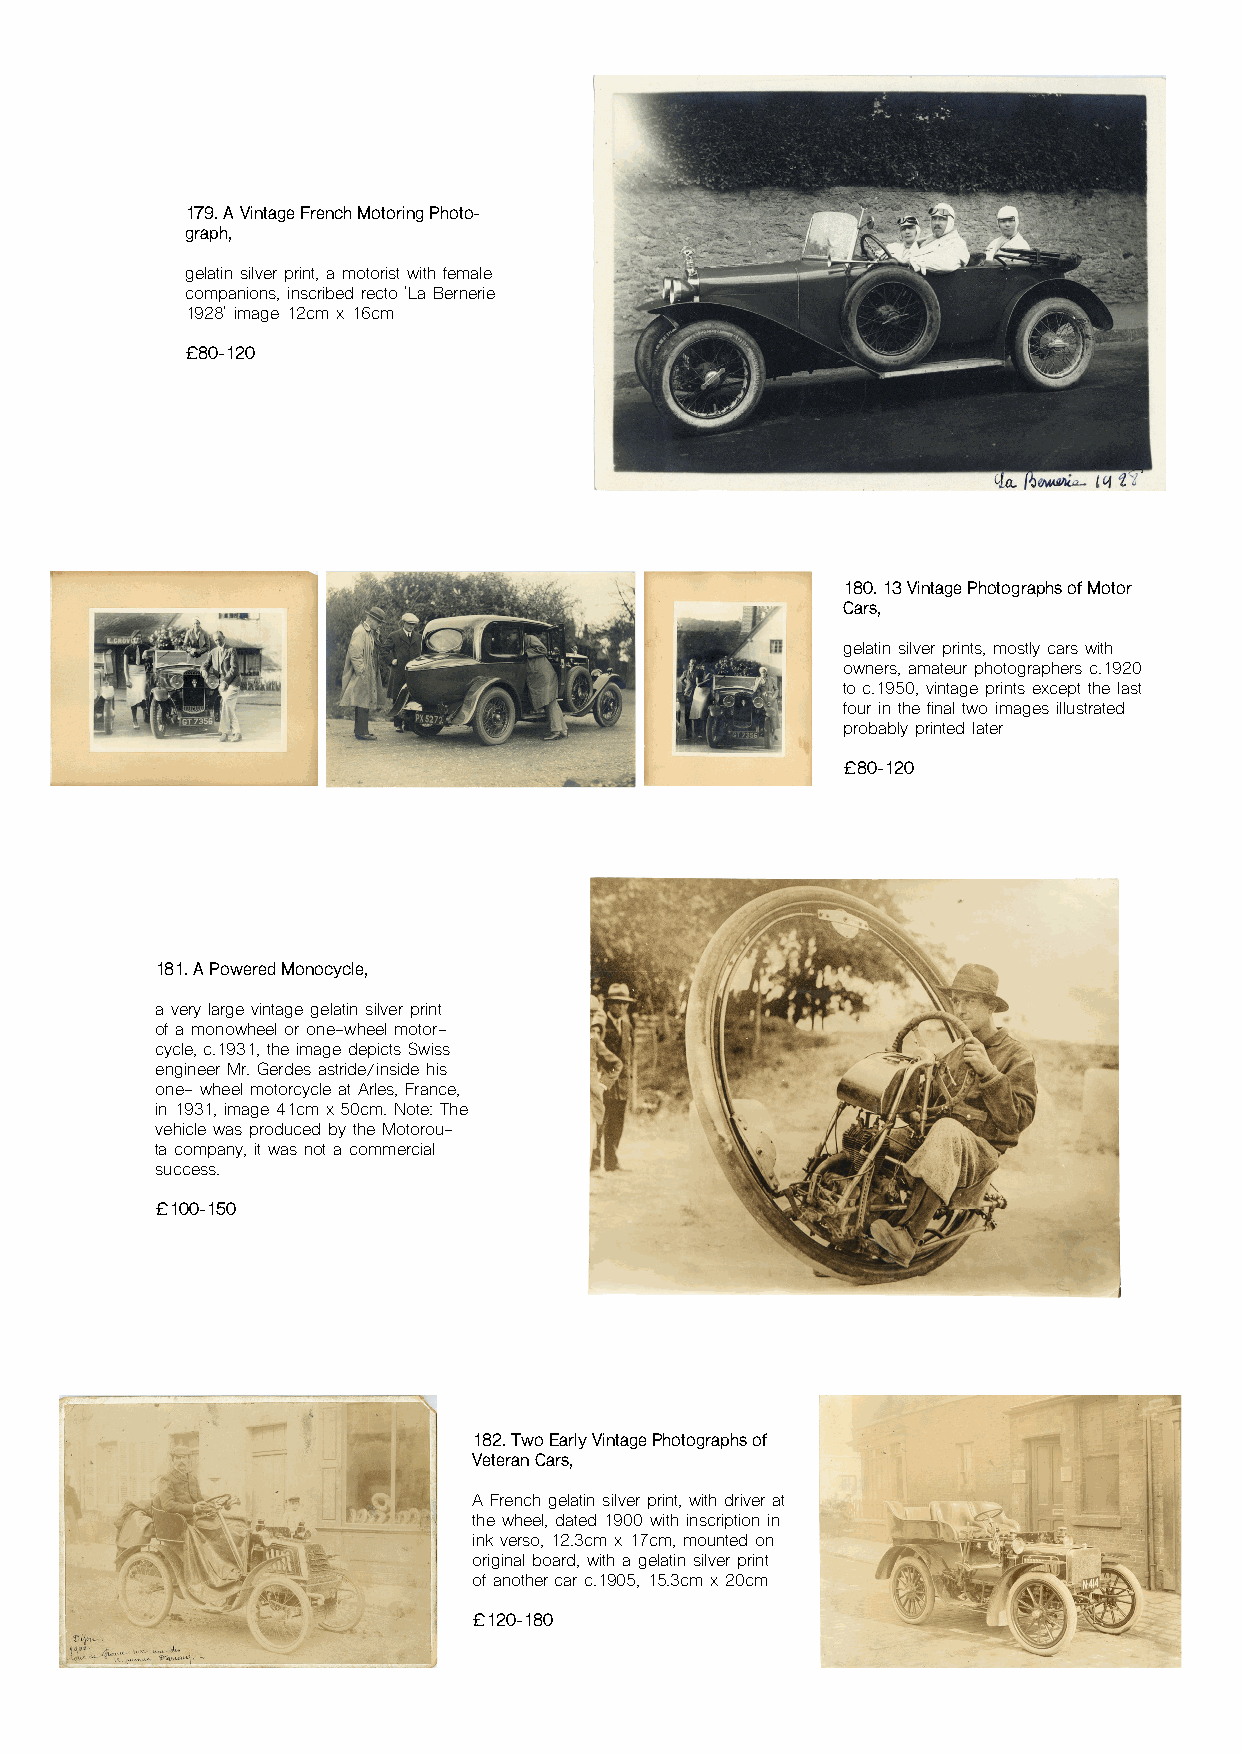
179. A Vintage French Motoring Photo-
 graph,
 gelatin silver print, a motorist with female
 companions, inscribed recto 'La Bernerie
 1928' image 12cm x 16cm
 £80-120
 180. 13 Vintage Photographs of Motor
 Cars,
 gelatin silver prints, mostly cars with
 owners, amateur photographers c.1920
 to c.1950, vintage prints except the last
 four in the final two images illustrated
 probably printed later
 £80-120
 181. A Powered Monocycle,
 a very large vintage gelatin silver print
 of a monowheel or one-wheel motor-
 cycle, c.1931, the image depicts Swiss
 engineer Mr. Gerdes astride/inside his
 one- wheel motorcycle at Arles, France,
 in 1931, image 41cm x 50cm. Note: The
 vehicle was produced by the Motorou-
 ta company, it was not a commercial
 success.
 £100-150
 182. Two Early Vintage Photographs of
 Veteran Cars,
 A French gelatin silver print, with driver at
 the wheel, dated 1900 with inscription in
 ink verso, 12.3cm x 17cm, mounted on
 original board, with a gelatin silver print
 of another car c.1905, 15.3cm x 20cm
 £120-180